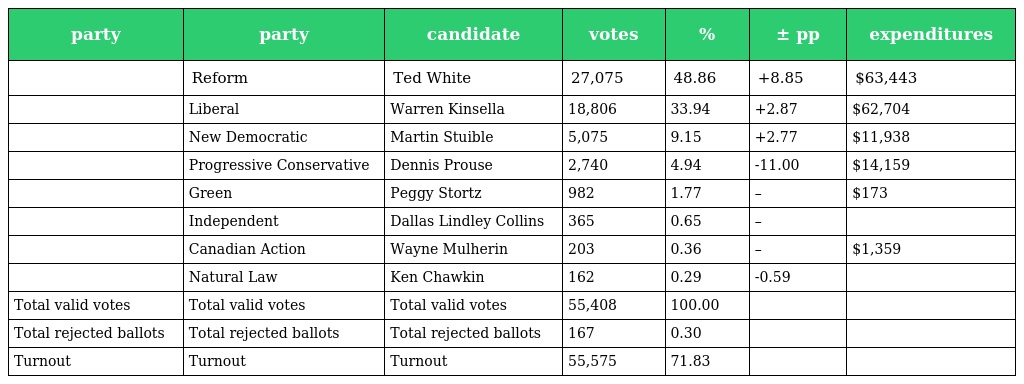
| party | party | candidate | votes | % | ± pp | expenditures |
 | --- | --- | --- | --- | --- | --- | --- |
 |  | Reform | Ted White | 27,075 | 48.86 | +8.85 | $63,443 |
 |  | Liberal | Warren Kinsella | 18,806 | 33.94 | +2.87 | $62,704 |
 |  | New Democratic | Martin Stuible | 5,075 | 9.15 | +2.77 | $11,938 |
 |  | Progressive Conservative | Dennis Prouse | 2,740 | 4.94 | -11.00 | $14,159 |
 |  | Green | Peggy Stortz | 982 | 1.77 | – | $173 |
 |  | Independent | Dallas Lindley Collins | 365 | 0.65 | – |  |
 |  | Canadian Action | Wayne Mulherin | 203 | 0.36 | – | $1,359 |
 |  | Natural Law | Ken Chawkin | 162 | 0.29 | -0.59 |  |
 | Total valid votes | Total valid votes | Total valid votes | 55,408 | 100.00 |  |  |
 | Total rejected ballots | Total rejected ballots | Total rejected ballots | 167 | 0.30 |  |  |
 | Turnout | Turnout | Turnout | 55,575 | 71.83 |  |  |